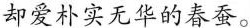
却爱朴实无华的春蚕。